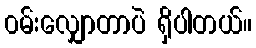
၀မ်းလျှောတာပဲ ရှိပါတယ်။